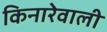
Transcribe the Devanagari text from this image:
किनारेवाली